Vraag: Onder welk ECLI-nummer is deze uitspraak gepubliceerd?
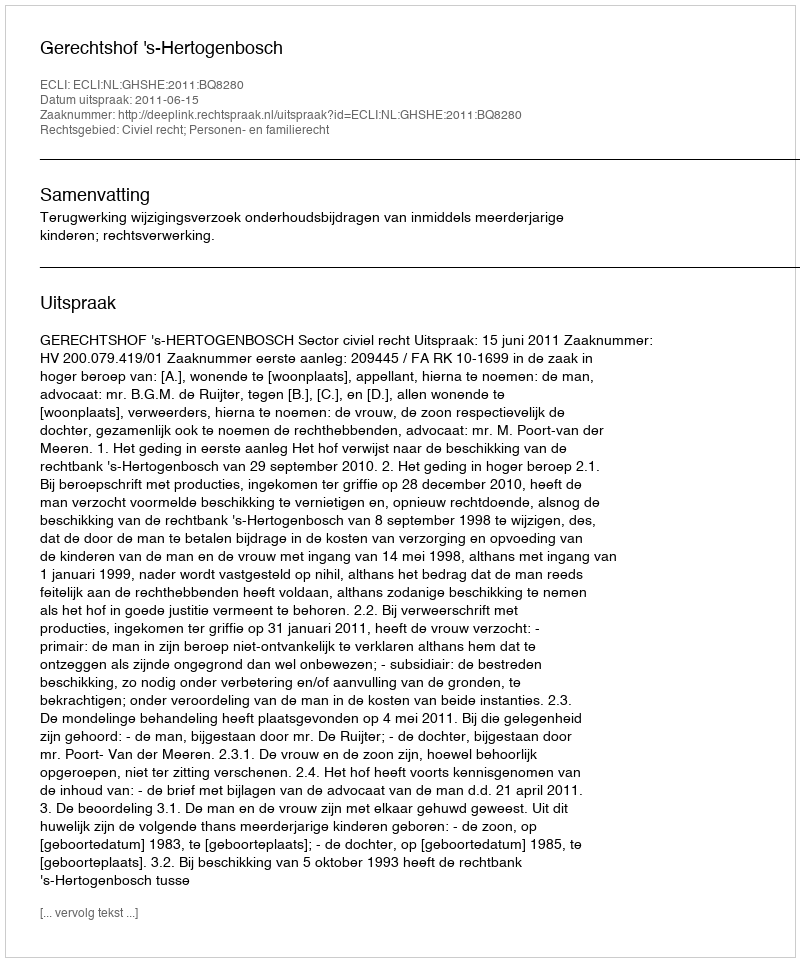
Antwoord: ECLI:NL:GHSHE:2011:BQ8280